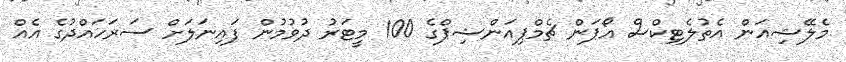
މެލޭޝިއަން އެތުލެޓިކްސް އޯޕަން ޗެމްޕިއަންޝިޕްގެ 100 މީޓަރު ދުވުމުން ފައިނަލަށް ސަރަހައްދުގެ އެއް